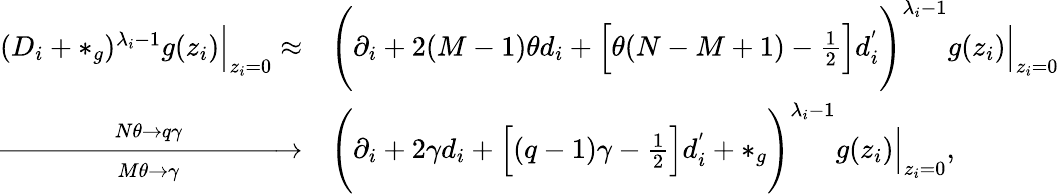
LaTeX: \begin{array}{rl}{(D_{i}+*_{g})^{\lambda_{i}-1}g(z_{i})\Bigr|_{z_{i}=0}\approx}&{\Bigg(\partial_{i}+2(M-1)\theta d_{i}+\Big[\theta(N-M+1)-\frac{1}{2}\Big]d_{i}^{'}\Bigg)^{\lambda_{i}-1}g(z_{i})\Bigr|_{z_{i}=0}}\\ {\xrightarrow[M\theta\rightarrow\gamma]{N\theta\rightarrow q\gamma}}&{\Bigg(\partial_{i}+2\gamma d_{i}+\Big[(q-1)\gamma-\frac{1}{2}\Big]d_{i}^{'}+*_{g}\Bigg)^{\lambda_{i}-1}g(z_{i})\Bigr|_{z_{i}=0},}\end{array}